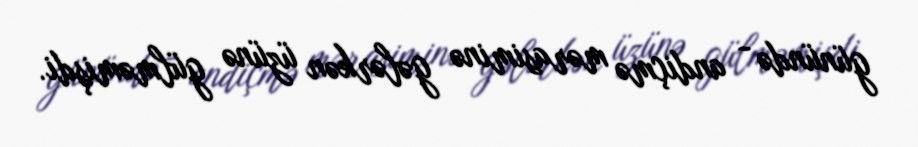
günündə - andiçmə mərasiminə gələrkən üzünə gülməmişdi.